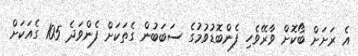
އެ ރަށަށް ބޯކޮށް ވާރޭވެހި ފެންބޮޑުވުމުގެ ސަބަބުން ގެތަކަށް ފެންވަދެ 105 ގެއަކަށް